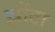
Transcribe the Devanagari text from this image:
झोंटा